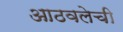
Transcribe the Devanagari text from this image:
आठवलेची